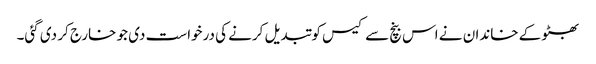
بھٹو کے خاندان نے اس بنچ سے کیس کو تبدیل کرنے کی درخواست دی جو خارج کر دی گئی۔